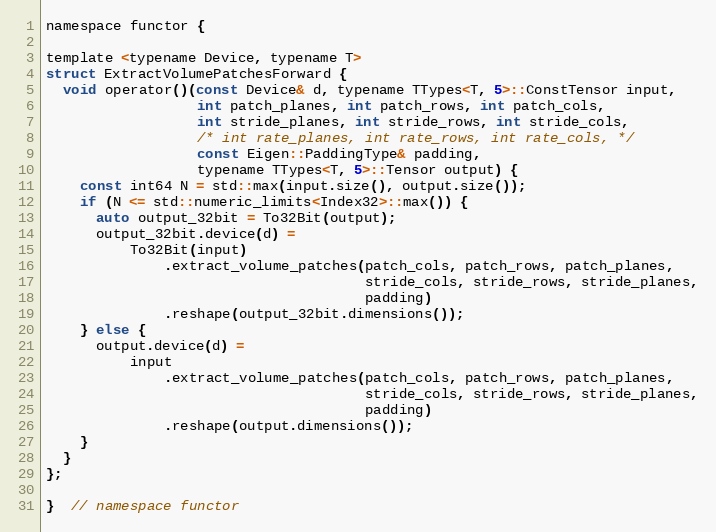
Language: C
namespace functor {

template <typename Device, typename T>
struct ExtractVolumePatchesForward {
  void operator()(const Device& d, typename TTypes<T, 5>::ConstTensor input,
                  int patch_planes, int patch_rows, int patch_cols,
                  int stride_planes, int stride_rows, int stride_cols,
                  /* int rate_planes, int rate_rows, int rate_cols, */
                  const Eigen::PaddingType& padding,
                  typename TTypes<T, 5>::Tensor output) {
    const int64 N = std::max(input.size(), output.size());
    if (N <= std::numeric_limits<Index32>::max()) {
      auto output_32bit = To32Bit(output);
      output_32bit.device(d) =
          To32Bit(input)
              .extract_volume_patches(patch_cols, patch_rows, patch_planes,
                                      stride_cols, stride_rows, stride_planes,
                                      padding)
              .reshape(output_32bit.dimensions());
    } else {
      output.device(d) =
          input
              .extract_volume_patches(patch_cols, patch_rows, patch_planes,
                                      stride_cols, stride_rows, stride_planes,
                                      padding)
              .reshape(output.dimensions());
    }
  }
};

}  // namespace functor